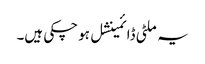
یہ ملٹی ڈائمینشل ہو چکی ہیں۔